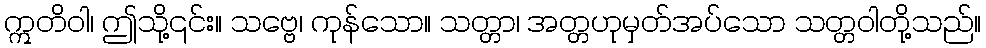
ဣတိဝါ၊ ဤသို့၎င်း။ သဗ္ဗေ၊ ကုန်သော။ သတ္တာ၊ အတ္တဟုမှတ်အပ်သော သတ္တဝါတို့သည်။